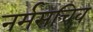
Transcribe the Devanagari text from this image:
नर्मसचिव